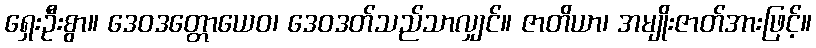
ရှေးဦးစွာ။ ဒေဝဒတ္တောယေဝ၊ ဒေဝဒတ်သည်သာလျှင်။ ဇာတိယာ၊ အမျိုးဇာတ်အားဖြင့်။